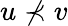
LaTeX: u\not\prec v